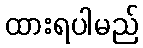
ထားရပါမည်